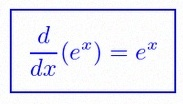
\frac{d}{dx}(e^x)=e^x